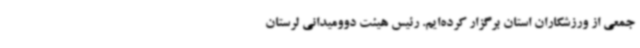
جمعی از ورزشکاران استان برگزار کرده‌ایم. رئیس هیئت دوومیدانی لرستان